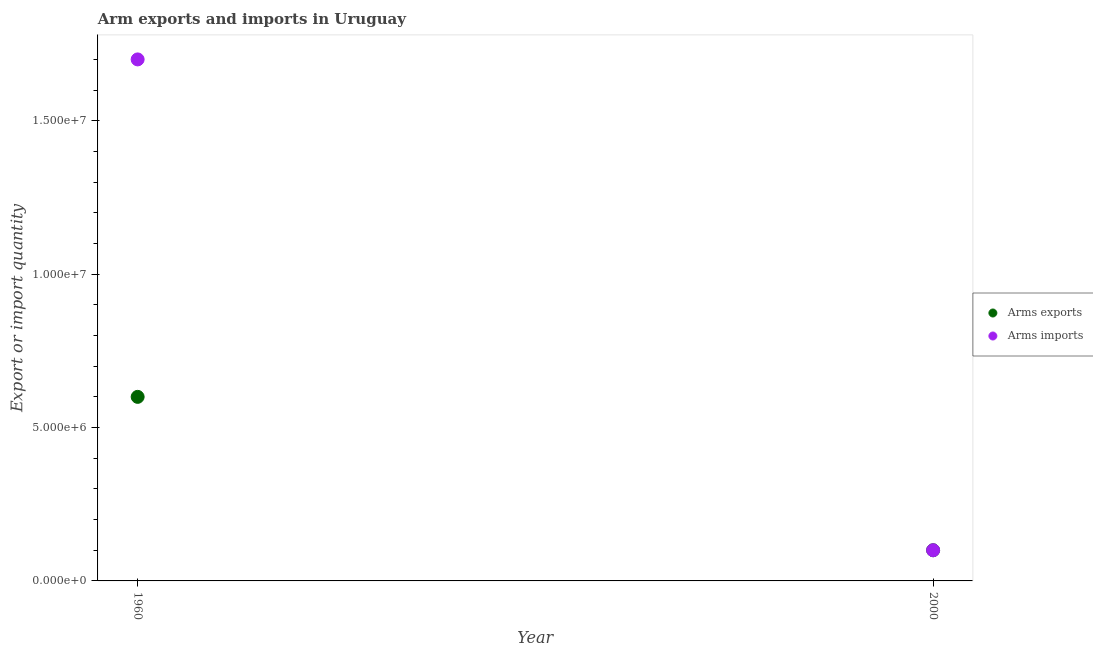
| Year | Arms exports | Arms imports |
 | --- | --- | --- |
 | 1960 | 6e+06 | 1.7e+07 |
 | 2000 | 1e+06 | 1e+06 |